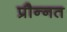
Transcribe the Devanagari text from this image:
प्रौन्‍नत